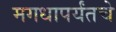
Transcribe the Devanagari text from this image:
मगधापर्यंतचे